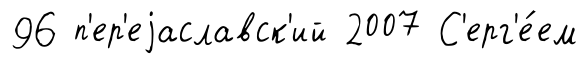
96 п'ер'еjаславск'ий 2007 С'ерг'е́ем